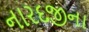
નારદજીના